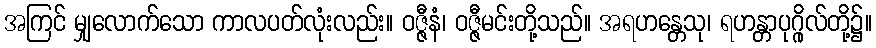
အကြင် မျှလောက်သော ကာလပတ်လုံးလည်း။ ဝဇ္ဇီနံ၊ ဝဇ္ဇီမင်းတို့သည်။ အရဟန္တေသု၊ ရဟန္တာပုဂ္ဂိုလ်တို့၌။